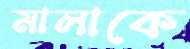
মালাকে